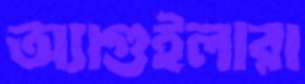
অ্যাগুইলারা